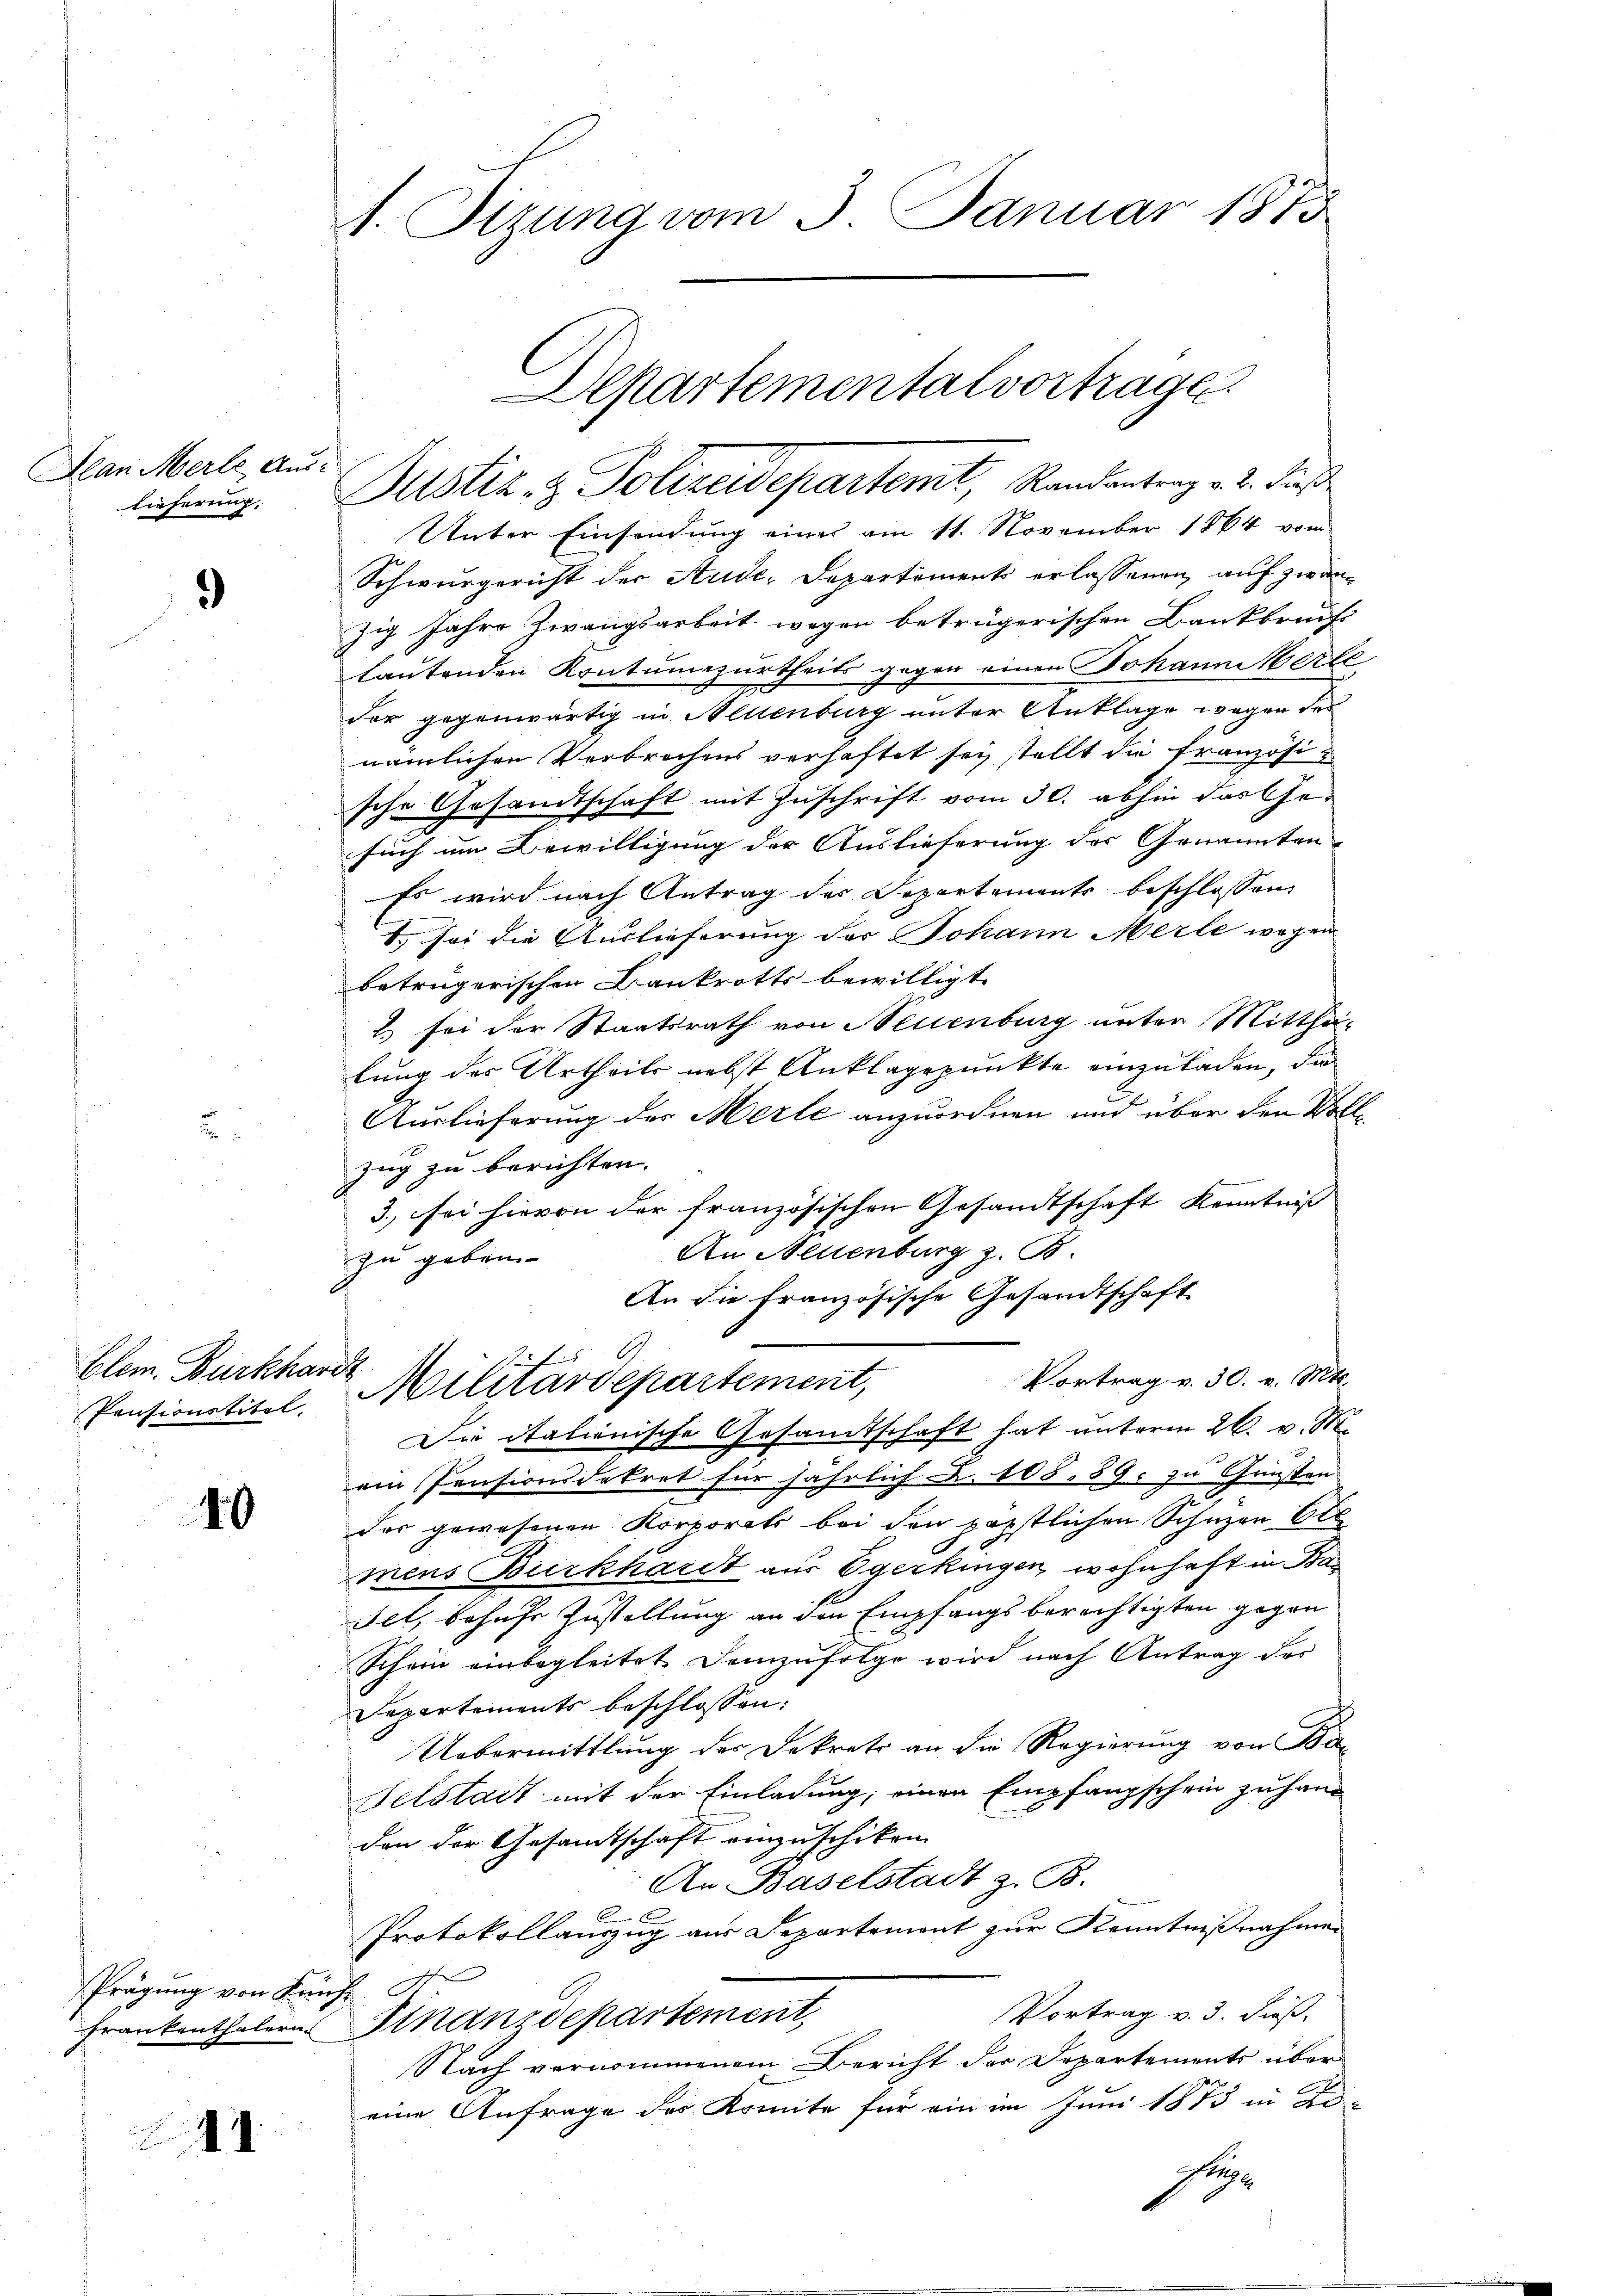
Jean Merle, Auslieferung,

)

Blem. Burkhard

40

Prägung von Künft

1

1. Sizung vom 3. Januar 1873

Justiz- & Polizeidepartemt, Randantrag v. 2. dieß
Unter Einsendung eines am 11. November 1864 vom
Schwurgericht der Aude, Departements erlassenen auf zwanzig Jahre Zwangsarbeit wegen beträgerischen Bankbruchs
lautenden Kontumazurtheils gegen einen Johann erle
der gegenwärtig in Allenburg unter Anklage wegen des
nämlichen Verbrechens verhaftet sei, stellt die französische Gesandtschaft mit Zuschrift vom 30. abhin das Gesuch im Bewilligung der Auslieferung des Genannten
Es wird nach Antrag des Departements beschlossen
t. sei die Auslieferung des Johann Merle wegen
betrügerischen Bankrotts bewilligt.
) sei der Staatsrath von Neuenburg unter Mittha-
lung des Urtheils nebst Anklagepunkte einzuladen, die
Auslieferung der Merle anzuordnen und über den Wolzug zu berichten.
3., sei hievon der französischen Gesandtschaft Kenntniß
An Neuenburg z. B.
zu geben.
An die französische Gesandtschaft
.
Vortrag v. 30. v. Mtt.
Pensionstitel. Militärdepartement,
Die italienische Gesamtschaft hat unterm 26. v. M.
ain Pensionsdekret für jährlich u. 108. 39. zu Gunsten
der gewesenen Korporats bei den päpstlichen Schuzen Ell
mens Burkhardt aus Egerkingen, wohnhaft in Ban
Fel, behufs Zustellung an den Empfangsberechtigten gegen
Schein einbegleitet demzufolge wird nach Antrag des
Departements beschlossen:
Uebermittlung des Dekret an die Regierung von Ba
Gelstadt mit der Einladung, einen Empfangschein zu hand
don der Gesamtschaft einzuschiken
An Baselstadt z. B.
Protokollauszug aus Separtement zur Kenntnißnahmen
Vortrag v. 3. dieß.
Frankenthalern Finanzdepartement,
Nach vernommenem Bericht der Departements über
eine Anfrage des Komite für ein im Juni 1873 in de
st

Departemental vortrage